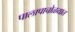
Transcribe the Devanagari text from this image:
पालापाचोळयात